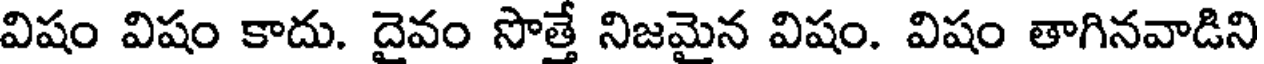
విషం విషం కాదు. దైవం సొత్తే నిజమైన విషం. విషం తాగినవాడిని